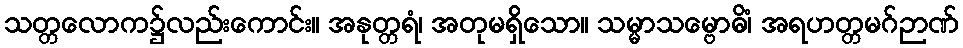
သတ္တလောက၌လည်းကောင်း။ အနုတ္တရံ၊ အတုမရှိသော။ သမ္မာသမ္ဗောဓိံ၊ အရဟတ္တမဂ်ဉာဏ်